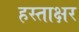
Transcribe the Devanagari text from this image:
हस्‍ताक्षर